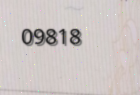
09818